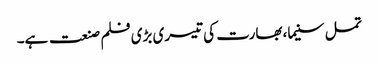
تمل سنیما، بھارت کی تیسری بڑی فلم صنعت ہے۔